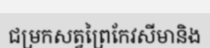
ជម្រកសត្វព្រៃកែវសីមានិង